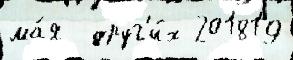
ма́я  друг'и́х 201819